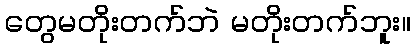
တွေမတိုးတက်ဘဲ မတိုးတက်ဘူး။